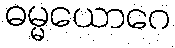
ဓမ္မယောဂေ